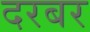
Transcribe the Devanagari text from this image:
दरबर